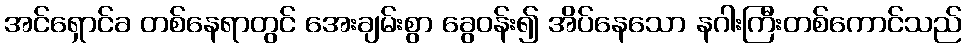
အင်ရှောင်ခ တစ်နေရာတွင် အေးချမ်းစွာ ခွေဝန်း၍ အိပ်နေသော နဂါးကြီးတစ်ကောင်သည်